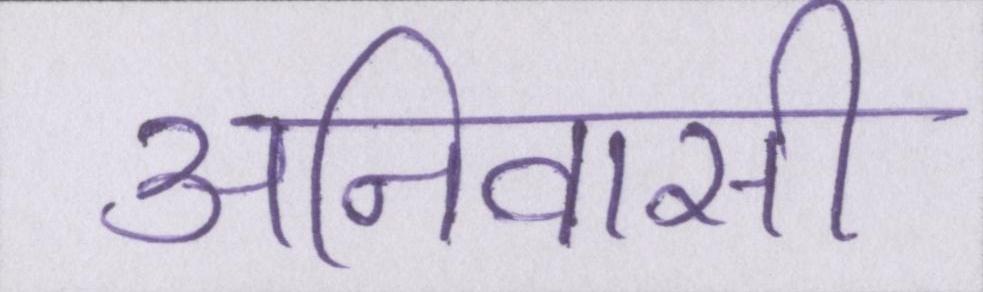
अनिवासी